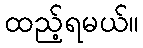
ထည့်ရမယ်။